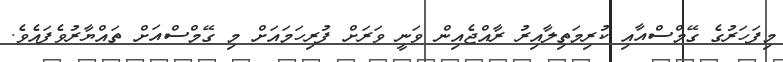
މިފަހަރުގެ ގޭމްސްއާއި ކުރިމަތިލާއިރު ރާއްޖެއިން ވަނީ ވަރަށް ފުރިހަމައަށް މި ގޭމްސްއަށް ތައްޔާރުވެފައެވެ.